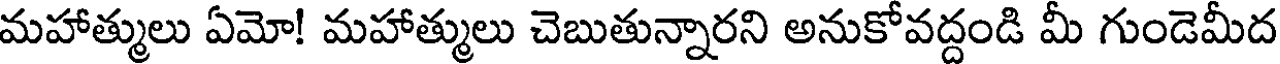
మహాత్ములు ఏమో! మహాత్ములు చెబుతున్నారని అనుకోవద్దండి మీ గుండెమీద